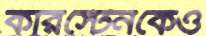
কারস্টেনকেও